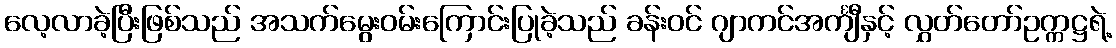
လေ့လာခဲ့ပြီးဖြစ်သည် အသက်မွေးဝမ်းကြောင်းပြုခဲ့သည် ခန်းဝင် ဂျာကင်အင်္ကျီနှင့် လွှတ်တော်ဥက္ကဋ္ဌရဲ့